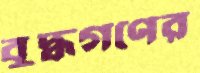
বুদ্ধগণের